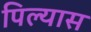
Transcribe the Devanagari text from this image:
पिल्यास